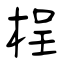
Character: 桯